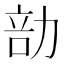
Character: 勏